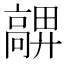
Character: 𩫜